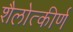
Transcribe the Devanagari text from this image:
शैलोत्कीर्ण